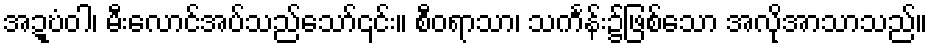
အဍ္ဎံဝါ၊ မီးလောင်အပ်သည်သော်၎င်း။ စီဝရာသာ၊ သင်္ကန်း၌ဖြစ်သော အလိုအာသာသည်။